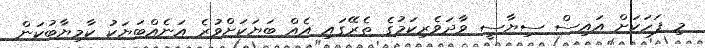
މި ފަހަކަށް އައިސް ސިޔާސީ ވާދަވެރިކަމުގެ ތެރޭގައި އެއް ބަޔަކަށްވުރެ އަނެއްބަޔަކު ކާމިޔާބުކަން